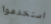
استخدموا